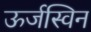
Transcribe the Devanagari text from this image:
ऊर्जस्विन